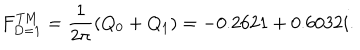
F _ { D = 1 } ^ { \mathrm { T M } } = { \frac { 1 } { 2 \pi } } ( Q _ { 0 } + Q _ { 1 } ) = - 0 . 2 6 2 1 + 0 . 6 0 3 2 i .